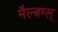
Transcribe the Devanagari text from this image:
मैल्बग्स्